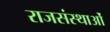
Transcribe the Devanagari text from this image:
राजसंस्थाओं